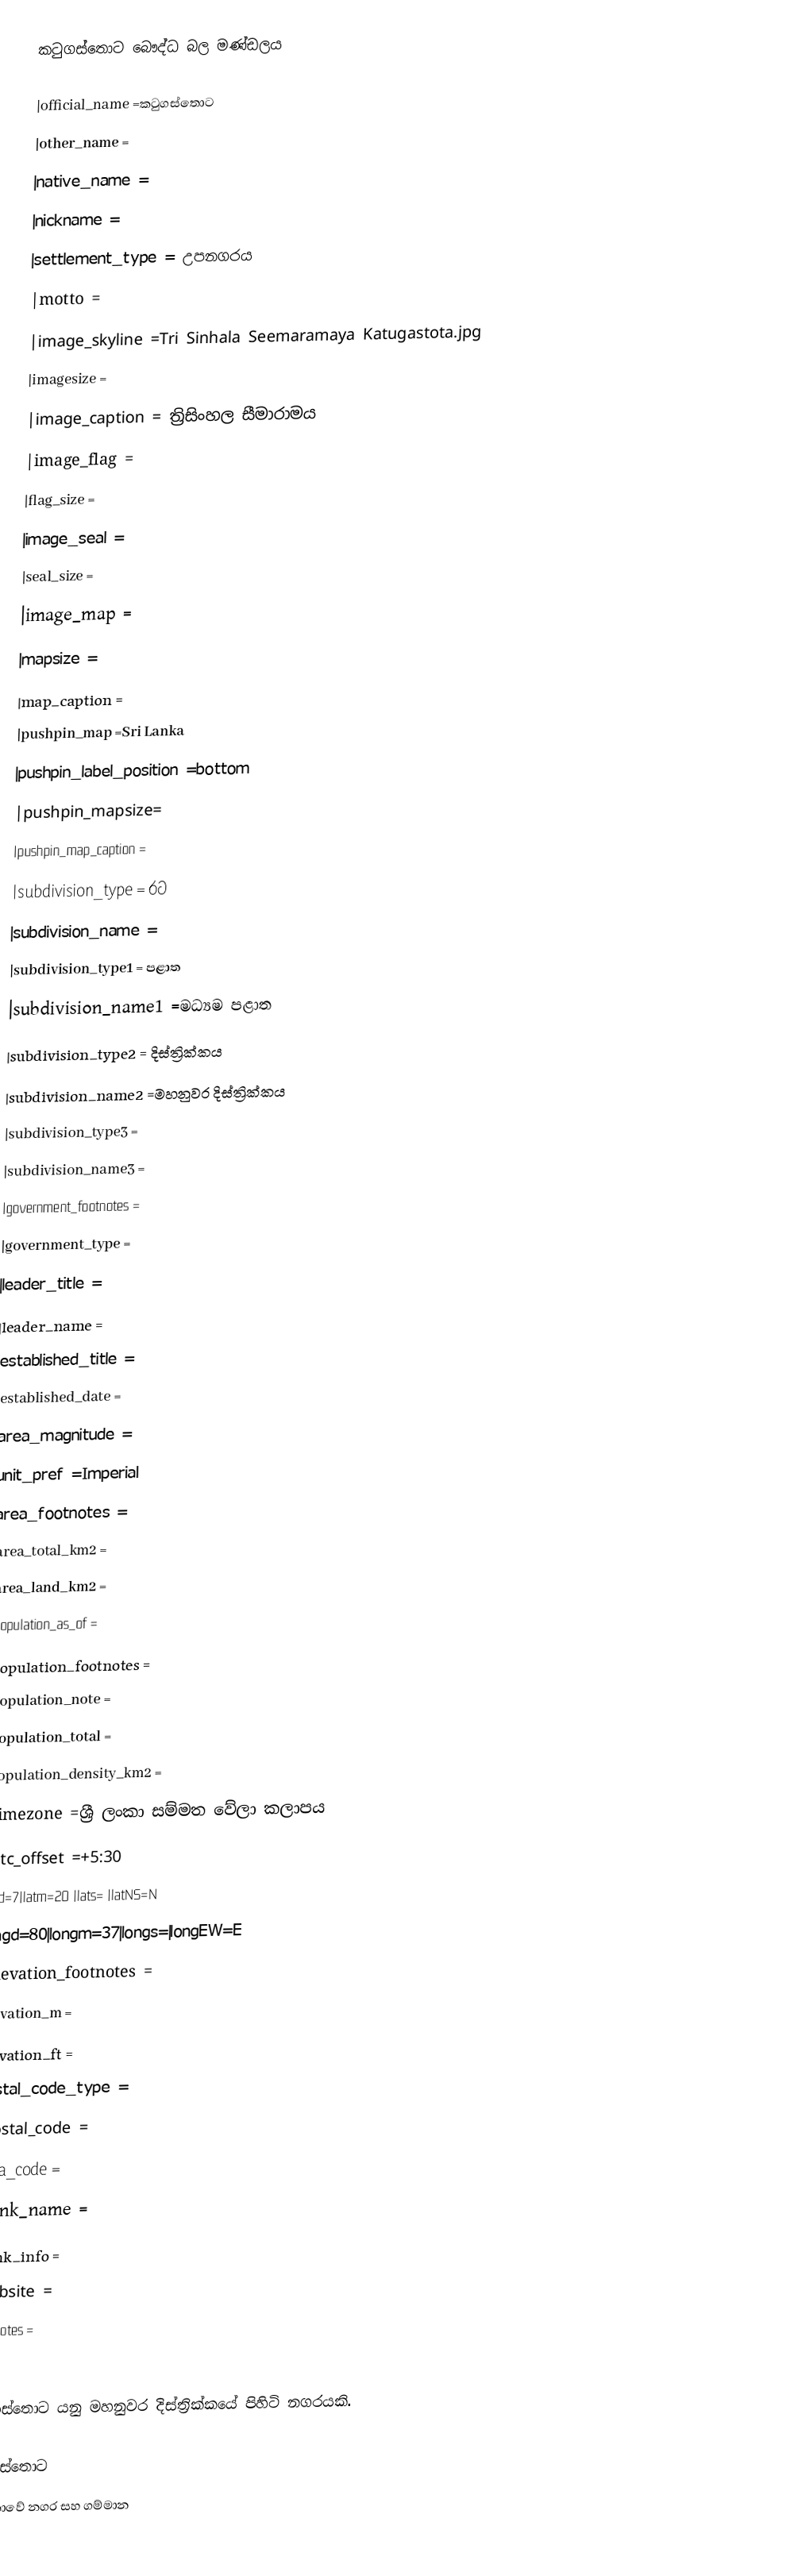
කටුගස්තොට බෞද්ධ බල මණ්ඩලය

|official_name          =කටුගස්තොට
|other_name             =
|native_name            =
|nickname               =
|settlement_type        = උපනගරය
|motto                  =
|image_skyline          =Tri Sinhala Seemaramaya Katugastota.jpg
|imagesize              =
|image_caption          = ත්‍රිසිංහල සීමාරාමය
|image_flag             =
|flag_size              =
|image_seal             =
|seal_size              =
|image_map              =
|mapsize                =
|map_caption            =
|pushpin_map            =Sri Lanka
|pushpin_label_position =bottom
|pushpin_mapsize=
|pushpin_map_caption    =
|subdivision_type       = රට
|subdivision_name       =
|subdivision_type1      = පළාත
|subdivision_name1      =මධ්‍යම පළාත
|subdivision_type2      = දිස්ත්‍රික්කය
|subdivision_name2      =මහනුවර දිස්ත්‍රික්කය
|subdivision_type3      =
|subdivision_name3      =
|government_footnotes   =
|government_type        =
|leader_title           =
|leader_name            =
|established_title      =
|established_date       =
|area_magnitude         =
|unit_pref                =Imperial
|area_footnotes           =
|area_total_km2           =
|area_land_km2            =
|population_as_of               =
|population_footnotes           =
|population_note                =
|population_total               =
|population_density_km2         =
|timezone               =ශ්‍රී ලංකා සම්මත වේලා කලාපය
|utc_offset             =+5:30
|latd=7|latm=20 |lats= |latNS=N
|longd=80|longm=37|longs=|longEW=E
|elevation_footnotes    =
|elevation_m            =
|elevation_ft           =
|postal_code_type       =
|postal_code            =
|area_code              =
|blank_name             =
|blank_info             =
|website                =
|footnotes              =
}}
කටුගස්තොට යනු මහනුවර දිස්ත්‍රික්කයේ පිහිටි නගරයකි.

කටුගස්තොට
ශ්‍රී ලංකාවේ නගර සහ ගම්මාන